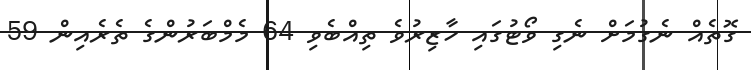
ގޮތެއް ނެގުމަށް ނެގި ވޯޓުގައި ހާޒިރުވެ ތިއްބެވި 64 މެމްބަރުންގެ ތެރެއިން 59